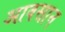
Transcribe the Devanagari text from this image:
आवसान